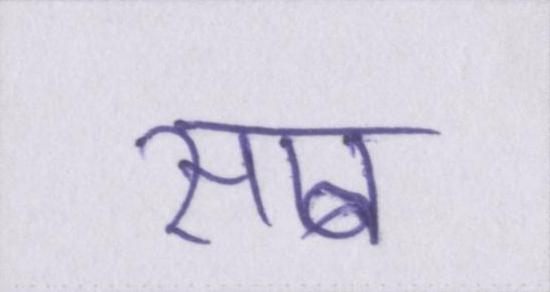
साब